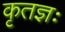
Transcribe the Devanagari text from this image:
कृतज्ञः